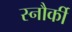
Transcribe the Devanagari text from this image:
स्नौर्की